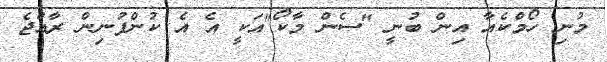
މުނި ހޯމްކެއާ އިން ބުނީ "ސެން މާކޯ"އަކީ އެ އެ ކުންފުނިން ރާއްޖެ